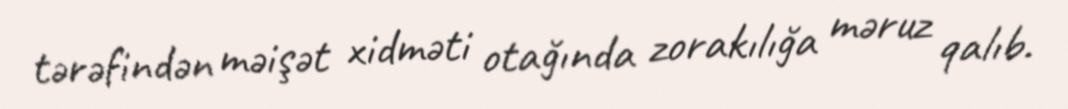
tərəfindən məişət xidməti otağında zorakılığa məruz qalıb.